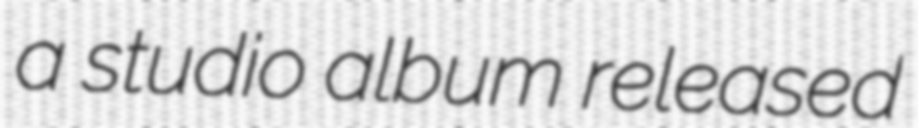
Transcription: a studio album released